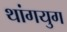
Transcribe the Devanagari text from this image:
थांगयुग